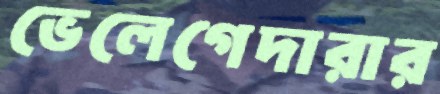
ভেলেগেদারার